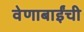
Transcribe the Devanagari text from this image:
वेणाबाईंची